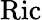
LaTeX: \operatorname{Ric}